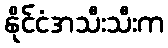
နိုင်ငံအသီးသီးက